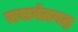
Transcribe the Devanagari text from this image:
जसवंतगढ़